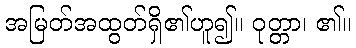
အမြတ်အထွတ်ရှိ၏ဟူ၍။ ဝုတ္တာ၊ ၏။